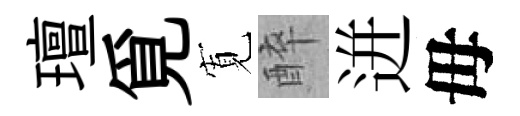
璮覓𡩖醉迸毋